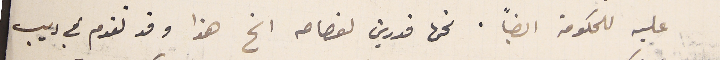
عليه للحكومة ايضًا. نحن قدرين لفصامه الخ هذا وقد تقدم في ديب